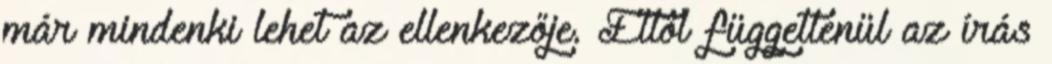
már mindenki lehet az ellenkezője. Ettől függetlenül az írás